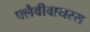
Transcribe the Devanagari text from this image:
फ्लैवीवायरस